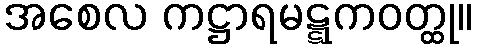
အစေလ ကဋ္ဌာရမဋ္ဋကဝတ္ထု။